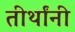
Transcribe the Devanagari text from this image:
तीर्थांनी